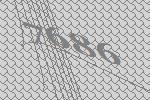
7686